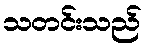
သတင်းသည်